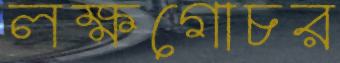
লক্ষগোচর